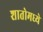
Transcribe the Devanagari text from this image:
शातोमध्ये